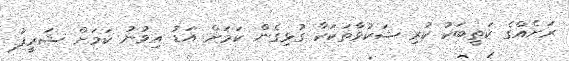
ރަށެއްގެ ކަތީބަކު ކުރި ޝަކުވާތަކަކާ ގުޅިގެން ކަމަށް އަޑު އިވުނު ކަމަށް ޝަރީފު